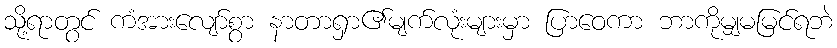
သို့ရာတွင် ကံအားလျော်စွာ နာတာရှာ၏မျက်လုံးများမှာ ပြာဝေကာ ဘာကိုမျှမမြင်ရဘဲ